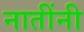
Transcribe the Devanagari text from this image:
नातींनी